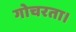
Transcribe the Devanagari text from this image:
गोचरता।